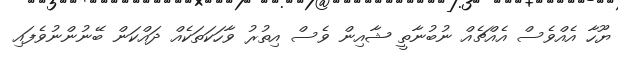
ޔޫހާ އެއްވެސް އެއްޗެއް ނުބުނާތީ ޝާއިން ވެސް އިތުރު ވާހަކަތަކެއް ދައްކަން ބޭނުންނުވެފައި